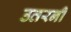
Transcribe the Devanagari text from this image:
उतरनी